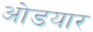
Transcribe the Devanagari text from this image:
ओडयार